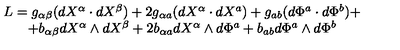
\begin{array} { c } { L = g _ { \alpha \beta } ( d X ^ { \alpha } \cdot d X ^ { \beta } ) + 2 g _ { \alpha a } ( d X ^ { \alpha } \cdot d X ^ { a } ) + g _ { a b } ( d \Phi ^ { a } \cdot d \Phi ^ { b } ) + } \\ { + b _ { \alpha \beta } d X ^ { \alpha } \wedge d X ^ { \beta } + 2 b _ { \alpha a } d X ^ { \alpha } \wedge d \Phi ^ { a } + b _ { a b } d \Phi ^ { a } \wedge d \Phi ^ { b } } \\ \end{array}